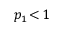
p _ { 1 } \! < \! 1